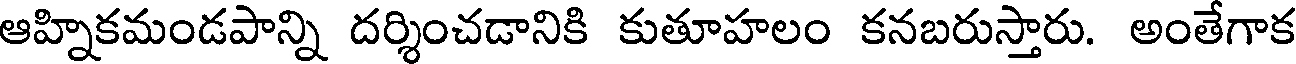
ఆహ్నికమండపాన్ని దర్శించడానికి కుతూహలం కనబరుస్తారు. అంతేగాక